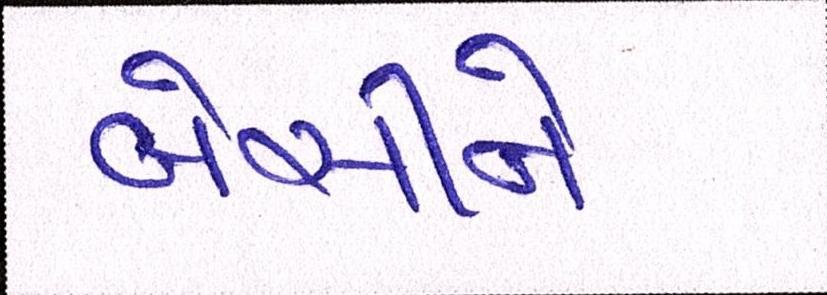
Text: બેસીને